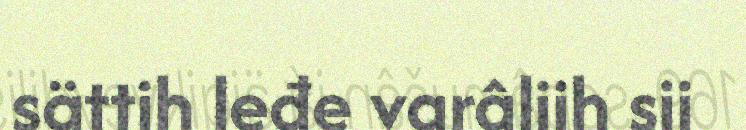
sättih leđe varâliih sii